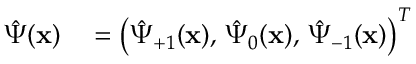
\begin{array} { r l } { \hat { \Psi } ( \mathbf { x } ) } & { { } = \left( \hat { \Psi } _ { + 1 } ( \mathbf { x } ) , \, \hat { \Psi } _ { 0 } ( \mathbf { x } ) , \, \hat { \Psi } _ { - 1 } ( \mathbf { x } ) \right) ^ { T } } \end{array}